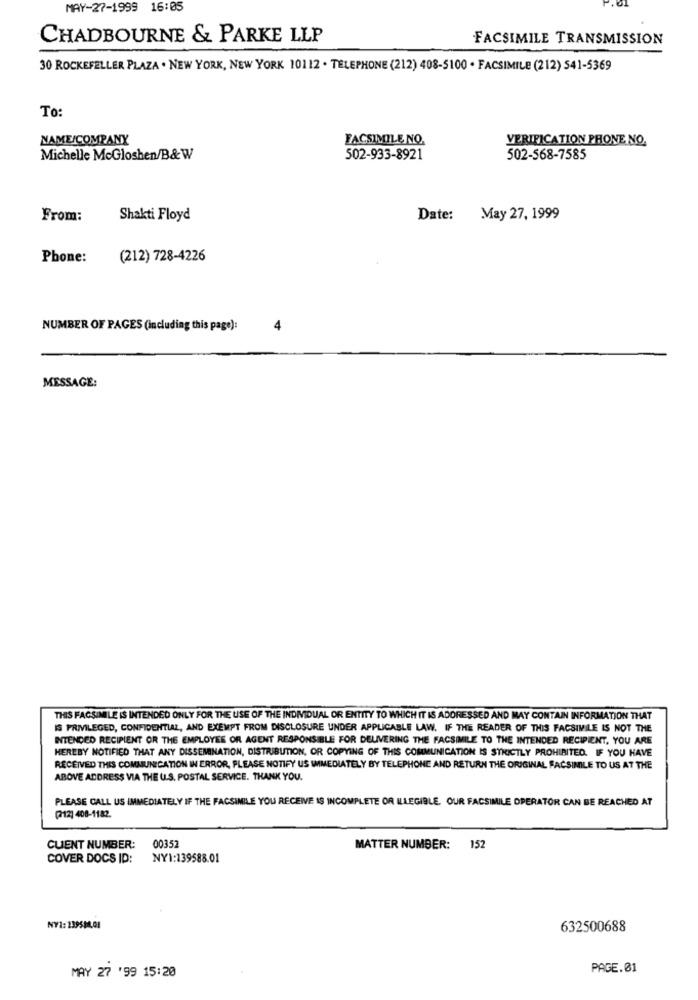
MAY-27-1999 16:05
CHADBOURNE & PARKE LLP
FACSIMILE TRANSMISSION
30 ROCKEFELLER PLAZA . NEW YORK, NEW YORK 10112 . TELEPHONE (212) 408-5100 . FACSIMILE (212) 541-5369
To:
NAME/COMPANY
FACSIMILE NO.
VERIFICATION PHONE NO.
Michelle McGloshen/B&W
502-933-8921
502-568-7585
From:
Shakti Floyd
Date: May 27, 1999
Phone:
(212) 728-4226
NUMBER OF PAGES (including this page):
4
MESSAGE:
THIS FACSIMILE IS INTENDED ONLY FOR THE USE OF THE INDIVIDUAL OR ENTITY TO WHICH IT IS ADDRESSED AND MAY CONTAIN INFORMATION THAT
IS PRIVILEGED, CONFIDENTIAL, AND EXEMPT FROM DISCLOSURE UNDER APPLICABLE LAW. IF THE READER OF THIS FACSIMILE IS NOT THE
INTENDED RECIPIENT OR THE EMPLOYEE OR AGENT RESPONSIBLE FOR DELIVERING THE FACSIMILE TO THE INTENDED RECIPIENT, YOU ARE
HEREBY NOTIFIED THAT ANY DISSEMINATION, DISTRIBUTION, OR COPYING OF THIS COMMUNICATION IS STRICTLY PROHIBITED. IF YOU HAVE
RECEIVED THIS COMMUNICATION IN ERROR, PLEASE NOTIFY US WIMEDIATELY BY TELEPHONE AND RETURN THE ORIGINAL FACSIMILE TO US AT THE
ABOVE ADDRESS VIA THE U.S. POSTAL SERVICE. THANK YOU.
PLEASE CALL US IMMEDIATELY IF THE FACSIMILE YOU RECEIVE IS INCOMPLETE OR ILLEGIBLE. OUR FACSIMILE OPERATOR CAN BE REACHED AT
(212] 408-1182
00357
CUENT NUMBER:
MATTER NUMBER: 152
COVER DOCS ID:
NYI:139588.01
NY1:139584.01
632500688
PAGE.01
MAY 27 '99 15:20